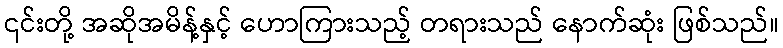
၎င်းတို့ အဆိုအမိန့်နှင့် ဟောကြားသည့် တရားသည် နောက်ဆုံး ဖြစ်သည်။